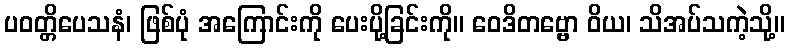
ပဝတ္တိပေသနံ၊ ဖြစ်ပုံ အကြောင်းကို ပေးပို့ခြင်းကို။ ဝေဒိတဗ္ဗော ဝိယ၊ သိအပ်သကဲ့သို့။